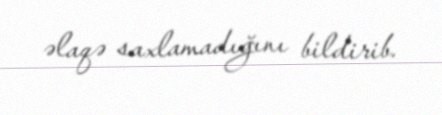
əlaqə saxlamadığını bildirib.